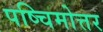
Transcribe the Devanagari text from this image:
पष्चिमोत्तर